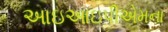
આઇઆઇપીએમના